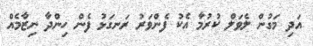
އަދި މަގުން ލެވަލް ކުރުމާ އެކު ފެންވަރު ރަނގަޅު ފެން ހިންދާ ނިޒާމެއް